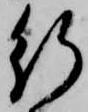
行